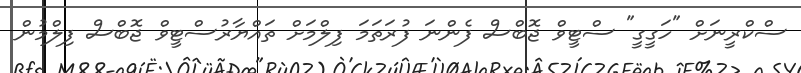
ސްކްރީނަށް "ހަގީގީ" ސްޓީވް ޖޮބްސް ފެންނަ ފުރަތަމަ ފިލްމަށް ތައްޔާރުސްޓީވް ޖޮބްސް ފިލްމުން